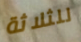
للثلاثة